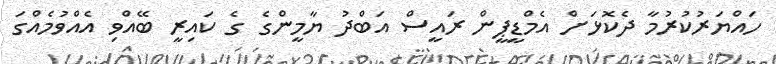
ހައްޔަރުކުރުމާ ދެކޮޅަށް އެމްޑީޕީން ރައީސް އަބްދު ޔާމީންގެ ގެ ކައިރީ ބޭއްވި އެއްވުމެއްގަ